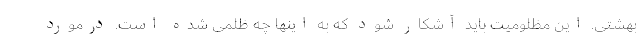
بهشتی. این مظلومیت باید آشکار شود که به اینها چه ظلمی شده است. درمورد